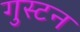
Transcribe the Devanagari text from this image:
गुस्टन